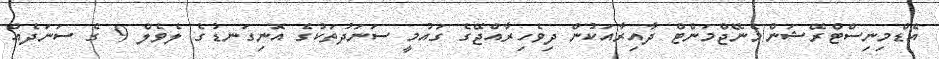
އެޑްމިނިސްޓްރޭޝަން/މެނޭޖްމަންޓް ދާއިރާއަކުން ދިވެހިރާއްޖޭގެ ގައުމީ ސަނަދުތަކުގެ އޮނިގަނޑުގެ ލެވެލް 9 ގެ ސަނަދެއް